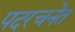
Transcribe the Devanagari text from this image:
पदरचनेत